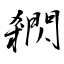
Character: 閷